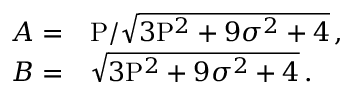
\begin{array} { r l } { A = } & { { } \mathrm { P } / \sqrt { 3 \mathrm { P } ^ { 2 } + 9 \sigma ^ { 2 } + 4 } \, , } \\ { B = } & { { } \sqrt { 3 \mathrm { P } ^ { 2 } + 9 \sigma ^ { 2 } + 4 } \, . } \end{array}